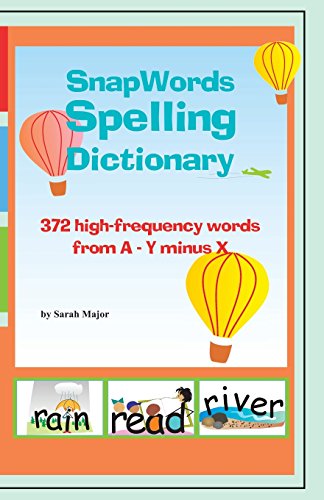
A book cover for Snapwords Spelling Dictionary; Sarah K. Major; Reference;